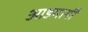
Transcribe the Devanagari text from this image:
आडमार्गीं